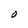
Character: O